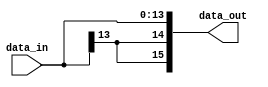
module sign_ext #(parameter P_IN_WIDTH=14, P_OUT_WIDTH=16)
   (
    input [P_IN_WIDTH-1:0] data_in,
    output [P_OUT_WIDTH-1:0] data_out
    );

   assign data_out = {{(P_OUT_WIDTH-P_IN_WIDTH){data_in[P_IN_WIDTH-1]}},data_in};

endmodule